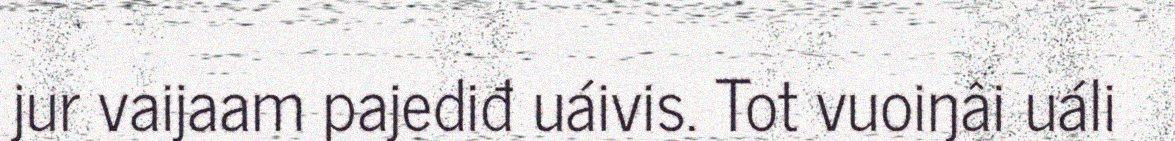
jur vaijaam pajediđ uáivis. Tot vuoiŋâi uáli